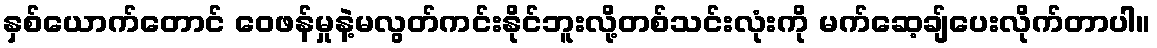
နှစ်ယောက်တောင် ဝေဖန်မှုနဲ့မလွတ်ကင်းနိုင်ဘူးလို့တစ်သင်းလုံးကို မက်ဆေ့ချ်ပေးလိုက်တာပါ။